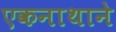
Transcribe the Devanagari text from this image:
एकनाथाने